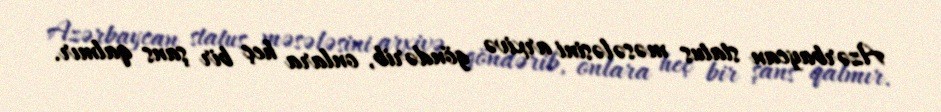
Azərbaycan status məsələsini arxivə göndərib, onlara heç bir şans qalmır.